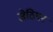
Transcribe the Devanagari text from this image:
जेठियन